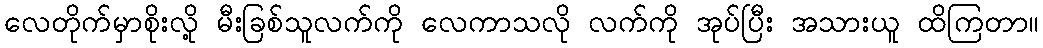
လေတိုက်မှာစိုးလို့ မီးခြစ်သူလက်ကို လေကာသလို လက်ကို အုပ်ပြီး အသားယူ ထိကြတာ။